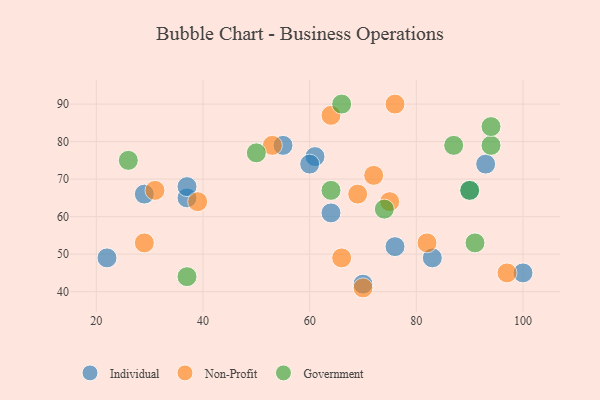
{"axis": {"x": "GDP", "y": "Life Expectancy"}, "legend": ["Government", "Individual", "Non-Profit"], "data": [{"x": "70", "y": 42, "type": "Individual"}, {"x": "22", "y": 49, "type": "Individual"}, {"x": "37", "y": 65, "type": "Individual"}, {"x": "83", "y": 49, "type": "Individual"}, {"x": "61", "y": 76, "type": "Individual"}, {"x": "93", "y": 74, "type": "Individual"}, {"x": "60", "y": 74, "type": "Individual"}, {"x": "76", "y": 52, "type": "Individual"}, {"x": "55", "y": 79, "type": "Individual"}, {"x": "29", "y": 66, "type": "Individual"}, {"x": "100", "y": 45, "type": "Individual"}, {"x": "90", "y": 67, "type": "Individual"}, {"x": "37", "y": 68, "type": "Individual"}, {"x": "64", "y": 61, "type": "Individual"}, {"x": "76", "y": 90, "type": "Non-Profit"}, {"x": "29", "y": 53, "type": "Non-Profit"}, {"x": "39", "y": 64, "type": "Non-Profit"}, {"x": "82", "y": 53, "type": "Non-Profit"}, {"x": "64", "y": 87, "type": "Non-Profit"}, {"x": "31", "y": 67, "type": "Non-Profit"}, {"x": "53", "y": 79, "type": "Non-Profit"}, {"x": "69", "y": 66, "type": "Non-Profit"}, {"x": "72", "y": 71, "type": "Non-Profit"}, {"x": "66", "y": 49, "type": "Non-Profit"}, {"x": "75", "y": 64, "type": "Non-Profit"}, {"x": "97", "y": 45, "type": "Non-Profit"}, {"x": "70", "y": 41, "type": "Non-Profit"}, {"x": "26", "y": 75, "type": "Government"}, {"x": "94", "y": 79, "type": "Government"}, {"x": "64", "y": 67, "type": "Government"}, {"x": "87", "y": 79, "type": "Government"}, {"x": "66", "y": 90, "type": "Government"}, {"x": "91", "y": 53, "type": "Government"}, {"x": "94", "y": 84, "type": "Government"}, {"x": "74", "y": 62, "type": "Government"}, {"x": "37", "y": 44, "type": "Government"}, {"x": "50", "y": 77, "type": "Government"}, {"x": "90", "y": 67, "type": "Government"}]}